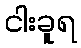
ငါးခူရ